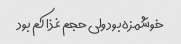
خوشمزه بود ولی حجم غذا کم بود